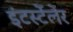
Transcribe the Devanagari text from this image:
इंटर्स्टेलेर